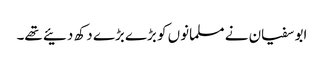
ابو سفیان نے مسلمانوں کو بڑے بڑے دکھ دئیے تھے۔